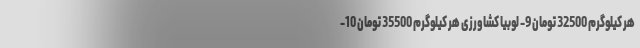
هر کیلوگرم 32500 تومان 9- لوبیا کشاورزی هر کیلوگرم 35500 تومان 10-